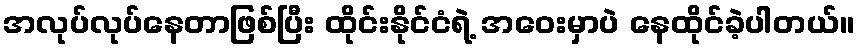
အလုပ်လုပ်နေတာဖြစ်ပြီး ထိုင်းနိုင်ငံရဲ့ အဝေးမှာပဲ နေထိုင်ခဲ့ပါတယ်။